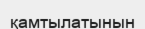
қамтылатынын